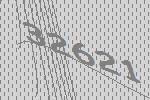
32621